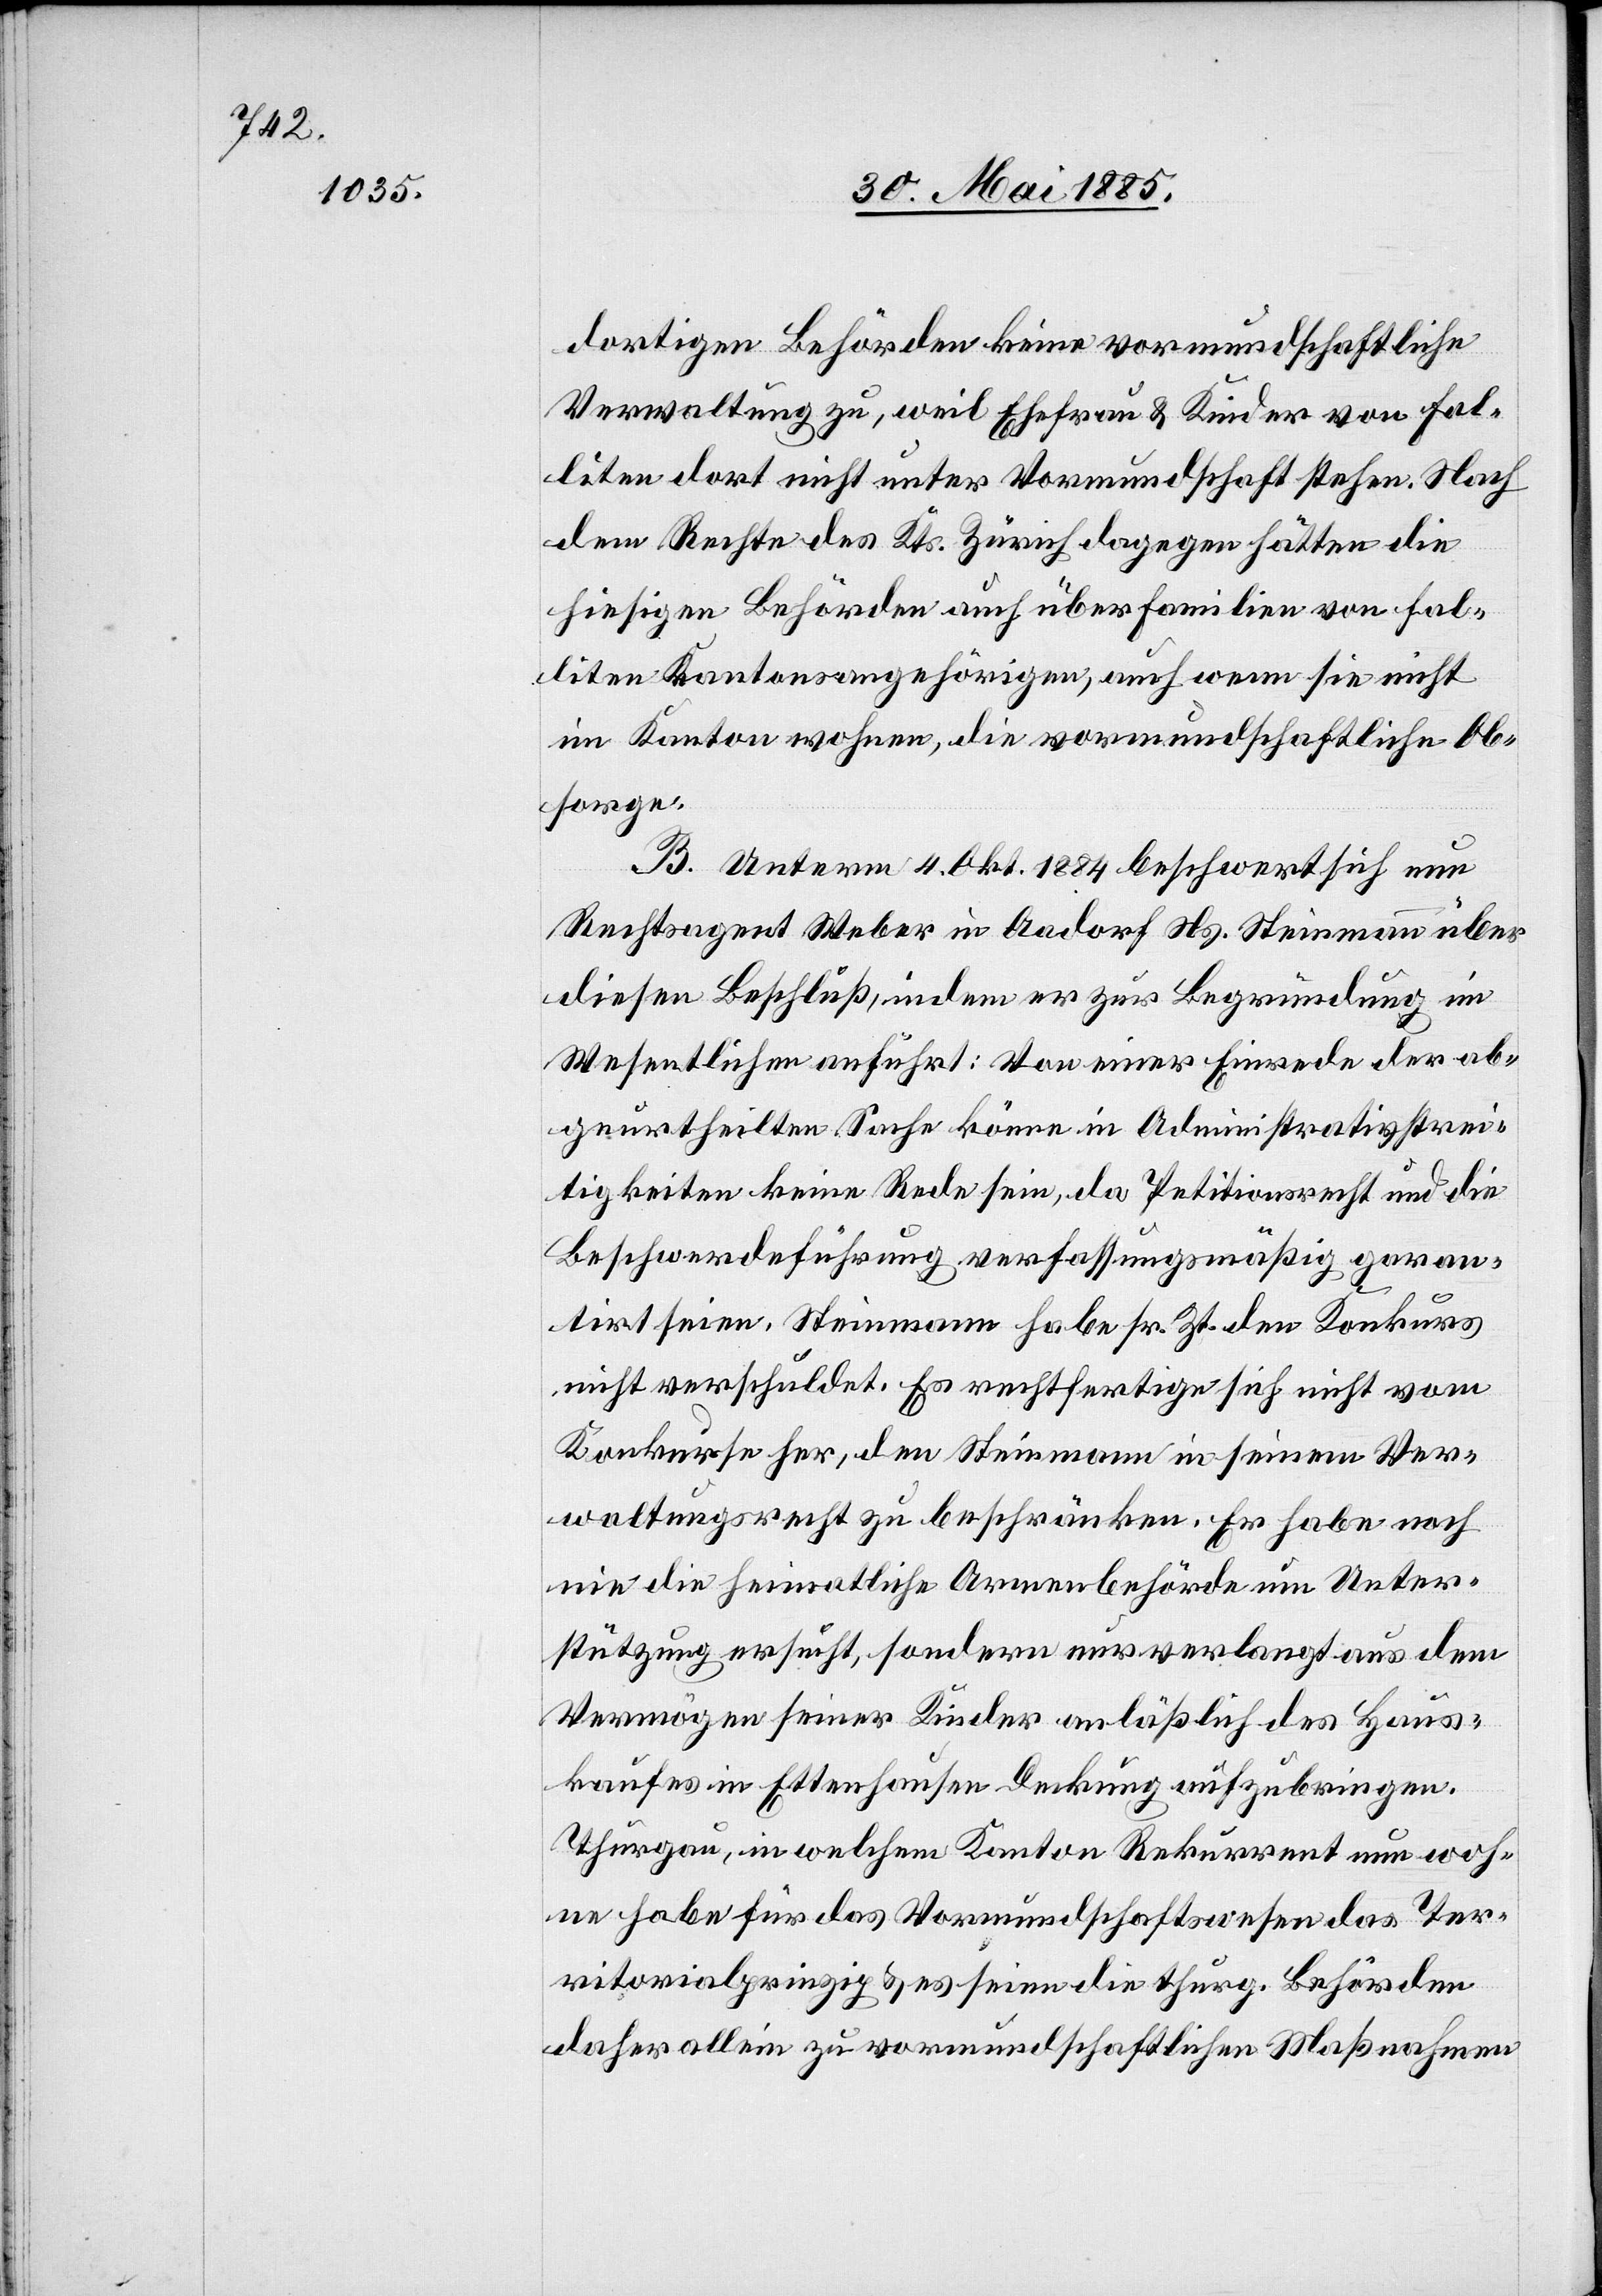
dortigen Behörden keine vormundschaftliche
Verwaltung zu, weil Ehefrau & Kinder von Fal¬
liten dort nicht unter Vormundschaft stehen. Nach
dem Rechte des Kts. Zürich dagegen hätten die
hiesigen Behörden auch über Familien von fal¬
liten Kantonsangehörigen, auch wenn sie nicht
im Kanton wohnen, die vormundschaftliche Ob¬
sorge.
B. Unterm 4. Okt. 1884 beschwert sich nun
Rechtsagent Weber in Aadorf Ns. Steinmann über
diesen Beschluß, indem er zur Begründung im
Wesentlichen anführt: Von einer Einrede der ab¬
geurtheilten Sache könne in Administrativstrei¬
tigkeiten keine Rede sein, da Petitionsrecht und die
Beschwerdeführung verfassungsmäßig garan¬
tirt seien. Steinmann habe sr. Zt. den Konkurs
nicht verschuldet. Es rechtfertige sich nicht vom
Konkurse her, den Steinmann in seinem Ver¬
waltungsrecht zu beschränken. Er habe noch
nie die heimatliche Armenbehörde um Unter¬
stützung ersucht, sondern nur verlangt aus dem
Vermögen seiner Kinder anläßlich des Haus¬
kaufes in Ettenhausen Deckung aufzubringen.
Thurgau, in welchem Kanton Rekurrrent nun woh¬
ne habe für das Vormundschaftswesen das Ter¬
ritorialprinzip & es seien die thurg. Behörden
daher allein zu vormundschaftlichen Maßnahmen